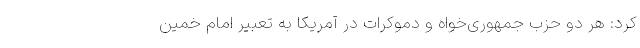
کرد: هر دو حزب جمهوری‌خواه و دموکرات در آمریکا به تعبیر امام خمین